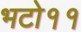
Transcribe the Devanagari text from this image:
भटो११